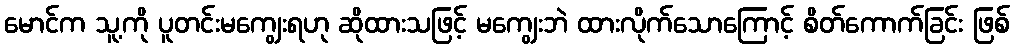
မောင်က သူ့ကို ပူတင်းမကျွေးရဟု ဆိုထားသဖြင့် မကျွေးဘဲ ထားလိုက်သောကြောင့် စိတ်ကောက်ခြင်း ဖြစ်